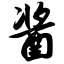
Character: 酱